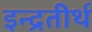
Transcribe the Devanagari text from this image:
इन्द्रतीर्थ